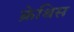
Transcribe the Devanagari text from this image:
क्रेथिस